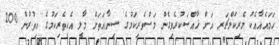
ހަމައެއާއެކު މެރިކަލްޗަރ އަށް ޚާއްޞަކުރެވިގެން މަސްވެރިކަމުގެ ސިނާއަތަށް މާލީ އެހީތެރިކަމުގެ އިތުރުން 200